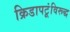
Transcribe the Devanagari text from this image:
क्रिडापटूंविरूद्ध